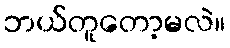
ဘယ်တူတော့မလဲ။